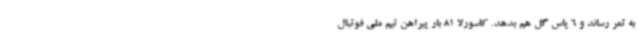
به ثمر رساند و 6 پاس گل هم بدهد. کاسورلا 81 بار پیراهن تیم ملی فوتبال